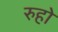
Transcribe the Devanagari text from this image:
रुहो